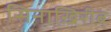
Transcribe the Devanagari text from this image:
सिनाख़िरीब्